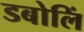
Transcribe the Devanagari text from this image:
डबोलिं